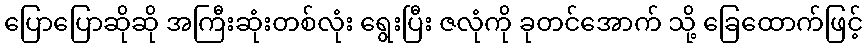
ပြောပြောဆိုဆို အကြီးဆုံးတစ်လုံး ရွေးပြီး ဇလုံကို ခုတင်အောက် သို့ ခြေထောက်ဖြင့်